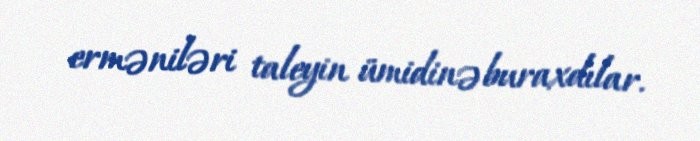
erməniləri taleyin ümidinə buraxdılar.